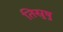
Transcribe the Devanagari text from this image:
तिस्रुषु